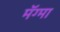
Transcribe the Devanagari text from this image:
मॅग्मा